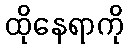
ထိုနေရာကို